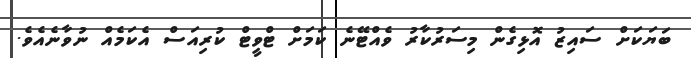
ބަޔަކަށް ސައިޒު އޮޅިގެން މިސަރުކާރު ވެއްޓޭނެ ކަމަށް ޓްވީޓް ކުރިއަސް އެކަމެއް ނުވާނެއެވެ.